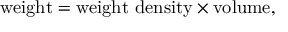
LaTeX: { \mathrm { w e i g h t } } = { \mathrm { w e i g h t ~ d e n s i t y } } \times { \mathrm { v o l u m e } } ,